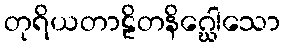
တုရိယတာဠိတနိဂ္ဃေါသော